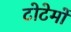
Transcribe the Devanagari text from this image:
टोटेमों